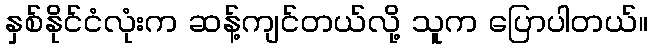
နှစ်နိုင်ငံလုံးက ဆန့်ကျင်တယ်လို့ သူက ပြောပါတယ်။